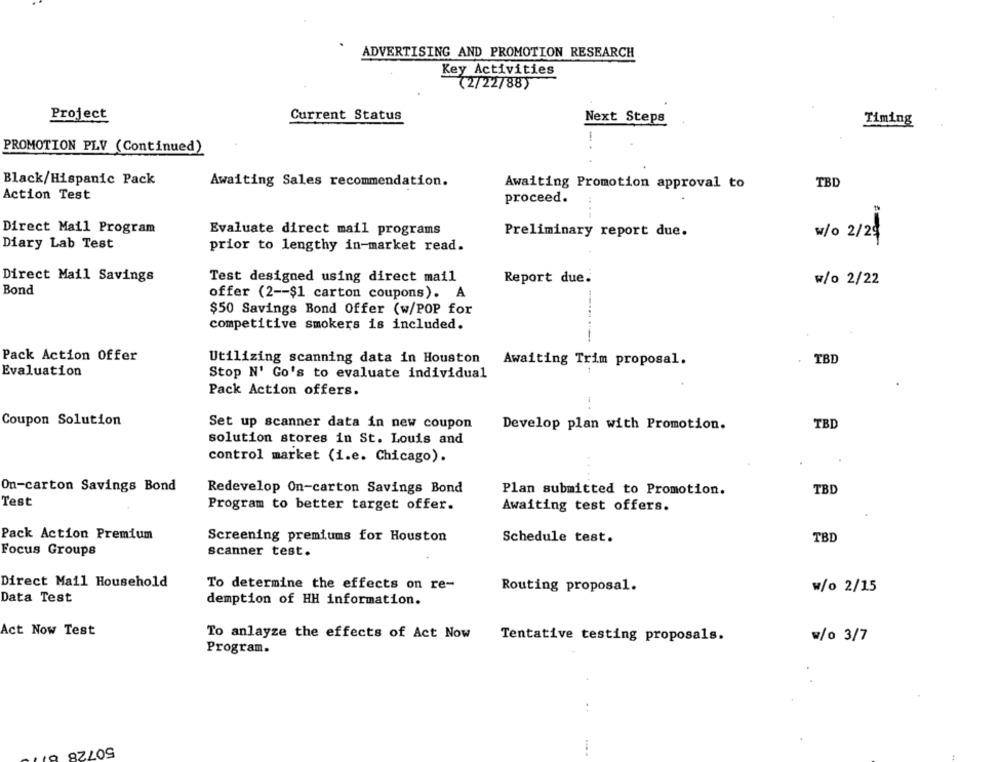
ADVERTISING AND PROMOTION RESEARCH
Key Activities
(2/22/88)
Project
Current Status
Next Steps
Timing
-..
PROMOTION PLV (Continued)
Black/Hispanic Pack
Awaiting Sales recommendation.
Awaiting Promotion approval to
TBD
Action Test
proceed.
Direct Mail Program
Evaluate direct mail programs
Preliminary report due.
w/0 2/26
Diary Lab Test
prior to lengthy in-market read.
Direct Mail Savings
Test designed using direct mail
Report due.
w/o 2/22
Bond
offer (2 -- $1 carton coupons). A
$50 Savings Bond Offer (w/POP for
competitive smokers is included.
Pack Action Offer
Utilizing scanning data in Houston
Awaiting Trim proposal.
TBD
Evaluation
Stop N' Go's to evaluate individual
Pack Action offers.
Coupon Solution
Set up scanner data in new coupon
Develop plan with Promotion.
TBD
solution stores in St. Louis and
control market (i.e. Chicago).
On-carton Savings Bond
Redevelop On-carton Savings Bond
Plan submitted to Promotion.
TBD
Test
Program to better target offer.
Awaiting test offers.
Pack Action Premium
Screening premiums for Houston
Schedule test.
TBD
Focus Groups
scanner test.
Direct Mail Household
To determine the effects on re-
Routing proposal.
w/o 2/15
Data Test
demption of HH information.
Act Now Test
To anlayze the effects of Act Now
Tentative testing proposals.
w/o 3/7
Program.
..
50728